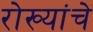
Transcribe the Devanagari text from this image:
रोख्यांचे